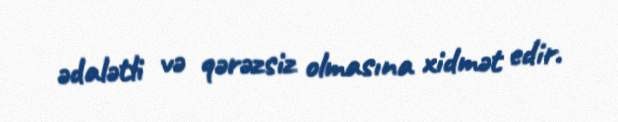
ədalətli və qərəzsiz olmasına xidmət edir.